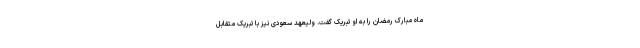
ماه مبارک رمضان را به او تبریک گفت. ولیعهد سعودی نیز با تبریک متقابل